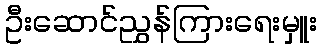
ဦးဆောင်ညွှန်ကြားရေးမှူး